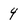
Character: 4